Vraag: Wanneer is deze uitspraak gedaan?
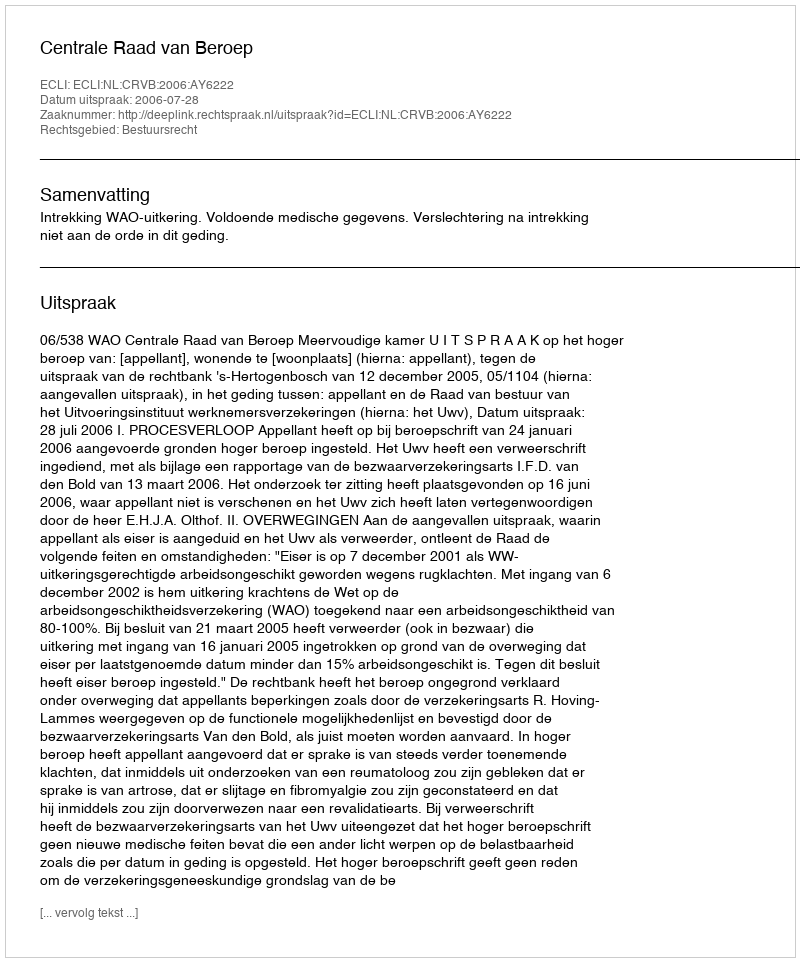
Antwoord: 2006-07-28